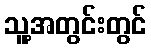
သူ့အတွင်းတွင်